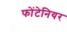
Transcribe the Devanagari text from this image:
फोंटेनियर